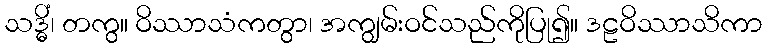
သဒ္ဓိံ၊ တကွ။ ဝိဿာသံကတွာ၊ အကျွမ်းဝင်သည်ကိုပြု၍။ ဒဠဝိဿာသိကာ